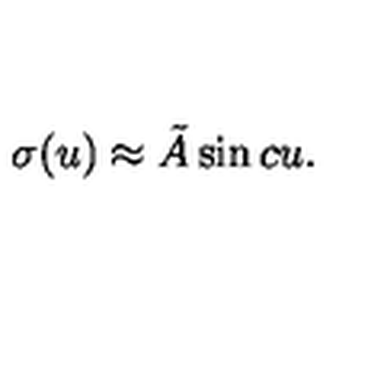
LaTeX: \sigma ( u ) \approx \tilde { A } \sin c u .